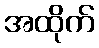
အထိုက်